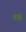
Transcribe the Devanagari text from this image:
घात्री